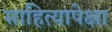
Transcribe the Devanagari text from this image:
साहित्यापेक्षा